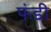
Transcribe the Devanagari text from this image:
फंडी